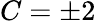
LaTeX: C=\pm 2